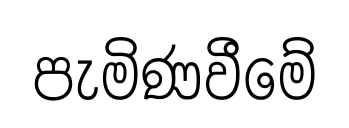
පැමිණවීමේ